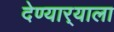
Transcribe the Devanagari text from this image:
देण्यार्‍याला